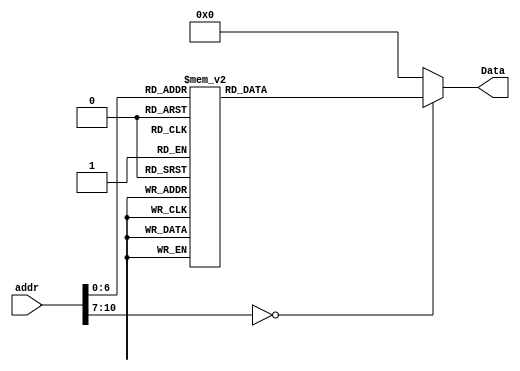
module ins_rom(addr,Data);
input[10:0] addr;
output[11:0] Data;
reg[11:0] Data;

always @(addr)
begin

case(addr)

'd00000: Data = 12'b101000000001;
'd00001: Data = 12'b000001100011;
'd00002: Data = 12'b000001100101;
'd00003: Data = 12'b000001100110;
'd00004: Data = 12'b110011111000;
'd00005: Data = 12'b000000000101;
'd00006: Data = 12'b110000000000;
'd00007: Data = 12'b000000000110;
'd00008: Data = 12'b000001100101;
'd00009: Data = 12'b100101001110;
'd00010: Data = 12'b110000111000;
'd00011: Data = 12'b100101000000;
'd00012: Data = 12'b110000000000;
'd00013: Data = 12'b111000000111;
'd00014: Data = 12'b110100001000;
'd00015: Data = 12'b100101000000;
'd00016: Data = 12'b110000000001;
'd00017: Data = 12'b100101000000;
'd00018: Data = 12'b110000000100;
'd00019: Data = 12'b111000000111;
'd00020: Data = 12'b110100001000;
'd00021: Data = 12'b100101000000;
'd00022: Data = 12'b110000000010;
'd00023: Data = 12'b111000000011;
'd00024: Data = 12'b110100000100;
'd00025: Data = 12'b100101000000;
'd00026: Data = 12'b110000110000;
'd00027: Data = 12'b000000110010;
'd00028: Data = 12'b110000000000;
'd00029: Data = 12'b110110000000;
'd00030: Data = 12'b100101000000;
'd00031: Data = 12'b110000000000;
'd00032: Data = 12'b000000110001;
'd00033: Data = 12'b100101010100;
'd00034: Data = 12'b111011111111;
'd00035: Data = 12'b011001000011;
'd00036: Data = 12'b101000101000;
'd00037: Data = 12'b100100110111;
'd00038: Data = 12'b001010010001;
'd00039: Data = 12'b101000100000;
'd00040: Data = 12'b101000101000;
'd00041: Data = 12'b110011111111;
'd00042: Data = 12'b000000000110;
'd00043: Data = 12'b010000000101;
'd00044: Data = 12'b010100100101;
'd00045: Data = 12'b010101000101;
'd00046: Data = 12'b001000000110;
'd00047: Data = 12'b010001000101;
'd00048: Data = 12'b111010000000;
'd00049: Data = 12'b011101000011;
'd00050: Data = 12'b101000101001;
'd00051: Data = 12'b010000100101;
'd00052: Data = 12'b110000000000;
'd00053: Data = 12'b000000000110;
'd00054: Data = 12'b100000000000;
'd00055: Data = 12'b000000110000;
'd00056: Data = 12'b100100101001;
'd00057: Data = 12'b010000100101;
'd00058: Data = 12'b010100000101;
'd00059: Data = 12'b010101000101;
'd00060: Data = 12'b001000010000;
'd00061: Data = 12'b000000100110;
'd00062: Data = 12'b010001000101;
'd00063: Data = 12'b100000000000;
'd00064: Data = 12'b000000110000;
'd00065: Data = 12'b100100101001;
'd00066: Data = 12'b010000100101;
'd00067: Data = 12'b010000000101;
'd00068: Data = 12'b010101000101;
'd00069: Data = 12'b001000010000;
'd00070: Data = 12'b000000100110;
'd00071: Data = 12'b010001000101;
'd00072: Data = 12'b100000000000;
'd00073: Data = 12'b110000000001;
'd00074: Data = 12'b000000110011;
'd00075: Data = 12'b001011110011;
'd00076: Data = 12'b101001001011;
'd00077: Data = 12'b100000000000;
'd00078: Data = 12'b110000000001;
'd00079: Data = 12'b000000110100;
'd00080: Data = 12'b100101001001;
'd00081: Data = 12'b001011110100;
'd00082: Data = 12'b101001010000;
'd00083: Data = 12'b100000000000;
'd00084: Data = 12'b000111100010;
'd00085: Data = 12'b100001001000;
'd00086: Data = 12'b100001100101;
'd00087: Data = 12'b100001101100;
'd00088: Data = 12'b100001101100;
'd00089: Data = 12'b100001101111;
'd00090: Data = 12'b100000100000;
'd00091: Data = 12'b100000000000;
 
default: Data = 12'b000000000000;

endcase
end

endmodule